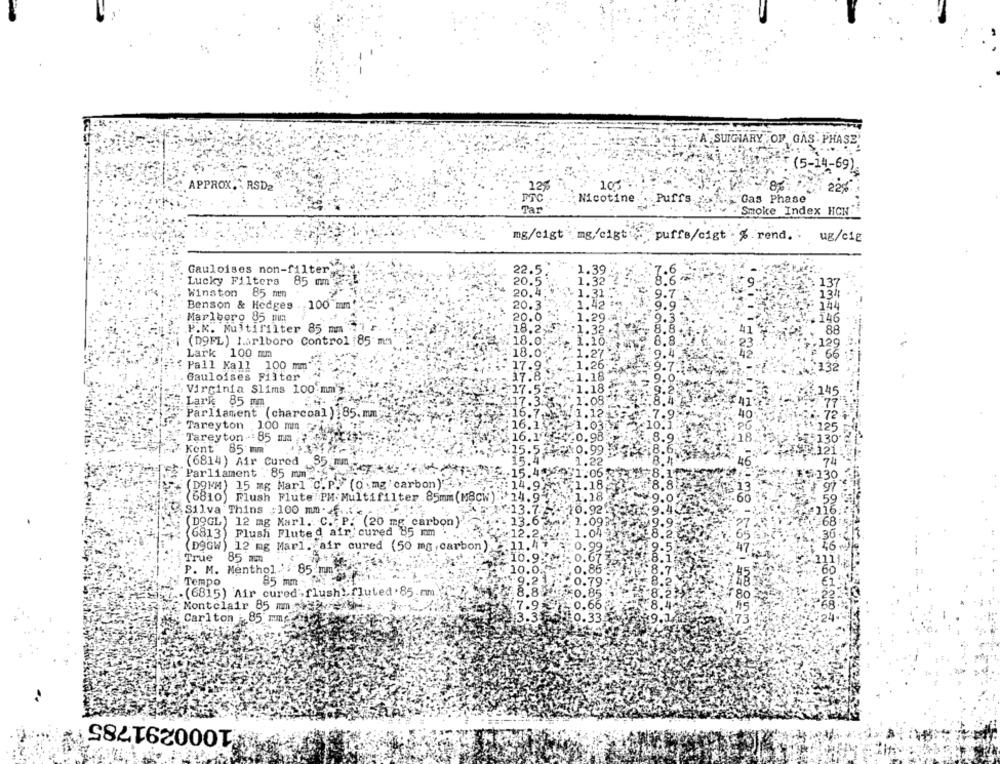
"SUICIARY OF GAS - PHASE
(5-14-69)
APPROX. RSD2
22
105
83
22%
Nicotine
Gas Phase
Puffs
Tar
Smoke Index HCN
mg/cigt mg/cigtip puffs/cigt % rend. ug/cie
Gauloises non-filter
22.
1.39
Lucky Filters
85 mm
20.5
1.32
137
Winston
85 mn
20.4
134
Benson & Hedges .. 100 mm
20.
1.42
144
Marlboro 85 min
20.0
.29.
.146
P.K. Multifilter 85 mm
:18.2.
8.8
88
(19FL) Marlboro Control :85 mm
18.0
8.8
7899999
129
Lark 100 mm
8.0
42
66
Pall Kall 100 mm
.26
18.
332
Gauloises Filter
Virginia Slims 100 mm'y
Lark 85 mm
41
Parliament (charcoal ) :85.mm
40
Tareyton 100 mm
:06
Tareyton : 85 mm
)18.
Kent 85 mm
(6814) Air Cured 35 mm
46
Parliament : 85 mm
(DOMM) 15 mg Marl C. P. (0 :mg'carbon)'
13
(6810) Flush Flute PM Multifilter .85mm(M8cw)
-60
Silva Thins : 100 mm ......
DOGL) 12 mg Karl.C. P. (20 mg carbon)
6813) Flush Fluted air cured 85 mm
(DOGW) 12 mg Marl. air cured (50 mg,carbon);
True
85 mm
P. M. Menthol.'
85 mm
Tempo
85 mm
.(6815) Air cured, flush.fluted.85.cm
80
Montelair 85 mais
0.66
Carlton 85 mm
0.33
73
1000291785